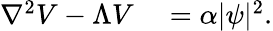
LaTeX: \begin{array}{rl}{\nabla^{2}V-\Lambda V}&{{}=\alpha|\psi|^{2}.}\end{array}